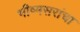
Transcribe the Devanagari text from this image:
भीष्मसरांचा